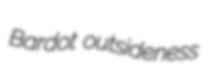
Bardot outsideness